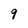
Character: 9